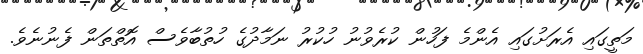
މަތީގައި އެރަށުގައި އެންމެ ފަހުން ކުރެވުނު ހުކުރު ނަމާދުގެ ހުތުބާވެސް އޮތްތަން ފެނުނެވެ.